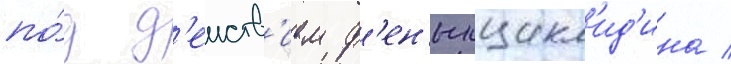
по́д д'еиств'ием ф'ен'илцикл'ид'ина /